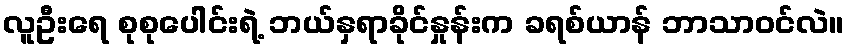
လူဦးရေ စုစုပေါင်းရဲ့ ဘယ်နှရာခိုင်နှုန်းက ခရစ်ယာန် ဘာသာဝင်လဲ။